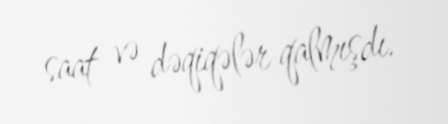
saat və dəqiqələr qalmışdı.